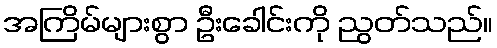
အကြိမ်များစွာ ဦးခေါင်းကို ညွတ်သည်။